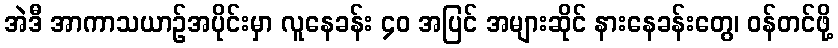
အဲဒီ အာကာသယာဉ်အပိုင်းမှာ လူနေခန်း ၄၀ အပြင် အများဆိုင် နားနေခန်းတွေ၊ ဝန်တင်ဖို့